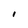
Character: I